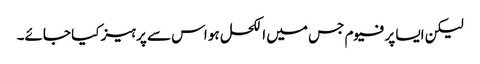
لیکن ایسا پرفیوم جس میں الکحل ہو اس سے پرہیز کیا جائے۔